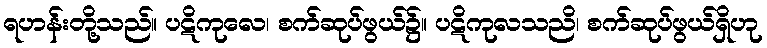
ရဟန်းတို့သည်။ ပဋိကုလေ၊ စက်ဆုပ်ဖွယ်၌။ ပဋိကုလသညိ၊ စက်ဆုပ်ဖွယ်ရှိဟု